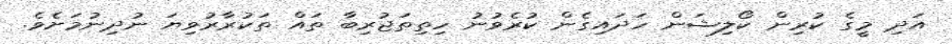
އަދި މީގެ ކުރިން ކޯލިޝަން ހަދައިގެން ކުރެވުނު ހިތިތަޖުރިބާ ތައް ތަކުރާރުވިޔަ ނުދިނުމަށެވެ.